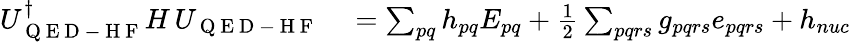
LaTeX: \begin{array}{rl}{U_{\mathrm{~Q~E~D~-~H~F~}}^{\dagger}H\, U_{\mathrm{~Q~E~D~-~H~F~}}}&{{}=\sum_{pq}h_{pq}E_{pq}+\frac{1}{2}\sum_{pqrs}g_{pqrs}e_{pqrs}+h_{nuc}}\end{array}